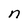
Character: n